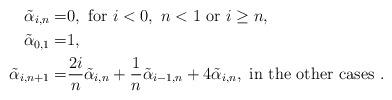
LaTeX: \begin{align*}\tilde\alpha_{i,n}=&0, \mbox{ for } i<0,\ n<1\mbox{ or }i\geq n,\\\tilde\alpha_{0,1}=&1,\\\tilde\alpha_{i,n+1}=&\frac{2i}{n}\tilde\alpha_{i,n}+\frac1n\tilde\alpha_{i-1,n}+4\tilde\alpha_{i,n},{}\mbox{ in the other cases }.\end{align*}